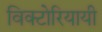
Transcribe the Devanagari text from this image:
विक्टोरियायी